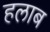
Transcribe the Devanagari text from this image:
हलाब